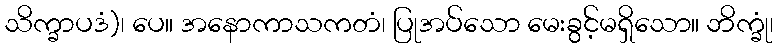
သိက္ခာပဒံ)၊ ပေ။ အနောကာသကတံ၊ ပြုအပ်သော မေးခွင့်မရှိသော။ ဘိက္ခုံ၊